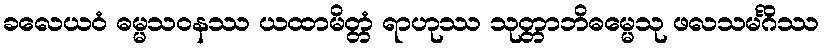
ခလေယဝံ ဓမ္မသဝနဿ ယထာမိတ္တံ ရာဟုဿ သုတ္တာဘိဓမ္မေသု ဖလသမင်္ဂိဿ